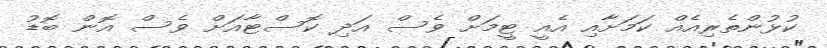
ކުޅުންތެރިއެއް ކަމަށާއި އެއީ ޓީމަށް ވެސް އަދި ކޮސްޓާއަށް ވެސް އޮން ބޮޑު